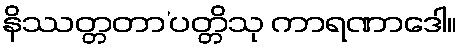
နိဿတ္တတာ’ပတ္တိသု ကာရဏာဒေါ။